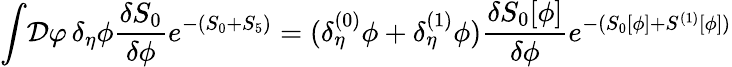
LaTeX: \int\! {\cal D}\varphi\, \delta_{\eta}\phi{\frac{\delta S_{0}}{\delta\phi}}e^{-(S_{0}+S_{5})}=(\delta_{\eta}^{(0)}\phi+\delta_{\eta}^{(1)}\phi){\frac{\delta S_{0}[\phi]}{\delta\phi}}e^{-(S_{0}[\phi]+S^{(1)}[\phi])}